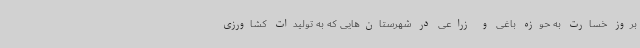
بروز خسارت به حوزه باغی و زراعی در شهرستان‌هایی که به تولیدات کشاورزی